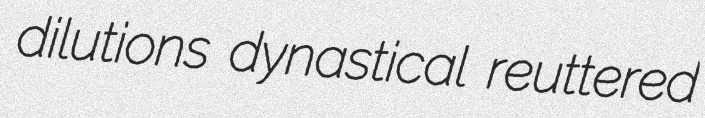
dilutions dynastical reuttered